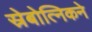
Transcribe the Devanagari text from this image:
स्रेबोत्निकने